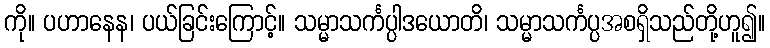
ကို။ ပဟာနေန၊ ပယ်ခြင်းကြောင့်။ သမ္မာသင်္ကပ္ပါဒယောတိ၊ သမ္မာသင်္ကပ္ပအစရှိသည်တို့ဟူ၍။